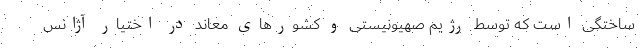
ساختگی است که توسط رژیم صهیونیستی و کشورهای معاند در اختیار آژانس